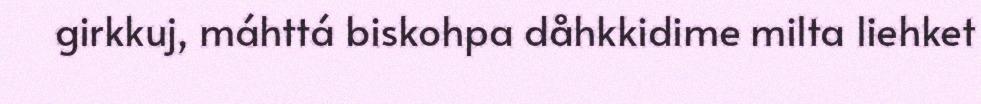
girkkuj, máhttá biskohpa dåhkkidime milta liehket